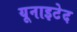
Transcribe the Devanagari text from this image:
यूनाइटेद